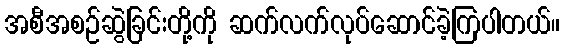
အစီအစဉ်ဆွဲခြင်းတို့ကို ဆက်လက်လုပ်ဆောင်ခဲ့ကြပါတယ်။